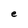
Character: e